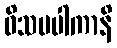
ဝိသမပါကာနိ